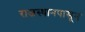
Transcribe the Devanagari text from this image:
राजस्थानपासून